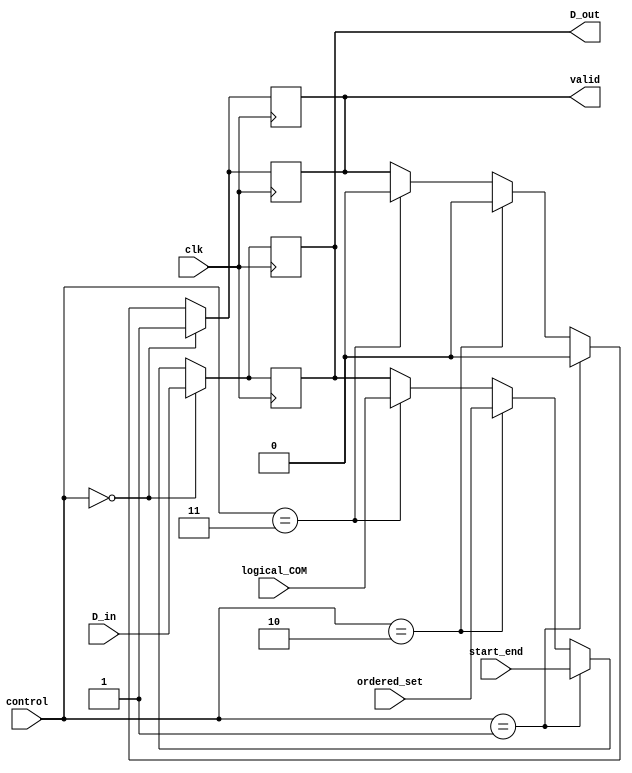
//--Modificado por Jorge Munoz Taylor
//--Circuitos digitales 2
//--I-2018

module mux (
  input clk,
  input [1:0] control,

  input [7:0] D_in, //Transmit Data Buffer
  input [7:0] start_end, //Start and End Characters
  input [7:0] ordered_set, //Ordered-Sets
  input [7:0] logical_COM, //COM
  
  output reg [7:0] D_out,
  output reg valid
  );

//*********************************************************
  always @(posedge clk) 
    //case (control)
      //2'b00:
      if(control==2'b00) 
            begin//Transmit Data Buffer - D_in
              D_out <= D_in;
              valid <= 1'b1;      
            end

      //2'b01:
      else if(control==2'b01) 
            begin //Start and End Characters - start_end
              D_out <= start_end;
              valid <= 1'b0;
            end

      //2'b10:
      else if(control==2'b10) 
            begin//Ordered-Sets - ordered_set
              D_out <= ordered_set;
              valid <= 1'b0;
            end

      //2'b11: 
      else if(control==2'b11)
            begin//COM
              D_out <= logical_COM;
              valid <= 1'b0;
            end
    //endcase

  always @(negedge clk) 
    //case (control)
      //2'b00:
      if(control==2'b00) 
            begin//Transmit Data Buffer - D_in
              D_out <= D_in;
              valid <= 1'b1;      
            end

      //2'b01:
      else if(control==2'b01) 
            begin //Start and End Characters - start_end
              D_out <= start_end;
              valid <= 1'b0;
            end

      //2'b10:
      else if(control==2'b10) 
            begin//Ordered-Sets - ordered_set
              D_out <= ordered_set;
              valid <= 1'b0;
            end

      //2'b11: 
      else if(control==2'b11)
            begin//COM
              D_out <= logical_COM;
              valid <= 1'b0;
            end
    //endcase
//********************************************************
endmodule // mux